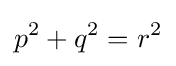
p^{2}+q^{2}=r^{2}